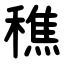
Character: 穛